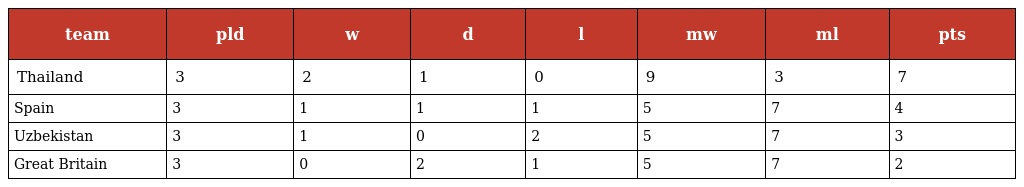
| team | pld | w | d | l | mw | ml | pts |
 | --- | --- | --- | --- | --- | --- | --- | --- |
 | Thailand | 3 | 2 | 1 | 0 | 9 | 3 | 7 |
 | Spain | 3 | 1 | 1 | 1 | 5 | 7 | 4 |
 | Uzbekistan | 3 | 1 | 0 | 2 | 5 | 7 | 3 |
 | Great Britain | 3 | 0 | 2 | 1 | 5 | 7 | 2 |